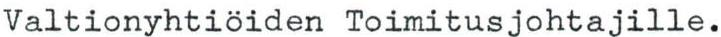
Valtionyhtiöiden Toimitusjohtajille.